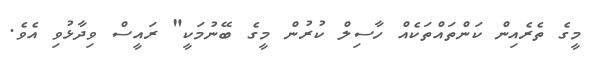
މީގެ ތެރެއިން ކަންތައްތަކެއް ހާސިލް ކުުރުން މީގެ ބޭނުމަކީ" ރައީސް ވިދާޅުވި އެވެ.